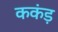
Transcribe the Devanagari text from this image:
ककंड़